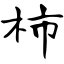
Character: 柿